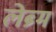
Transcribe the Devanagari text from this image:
लेब्र्म